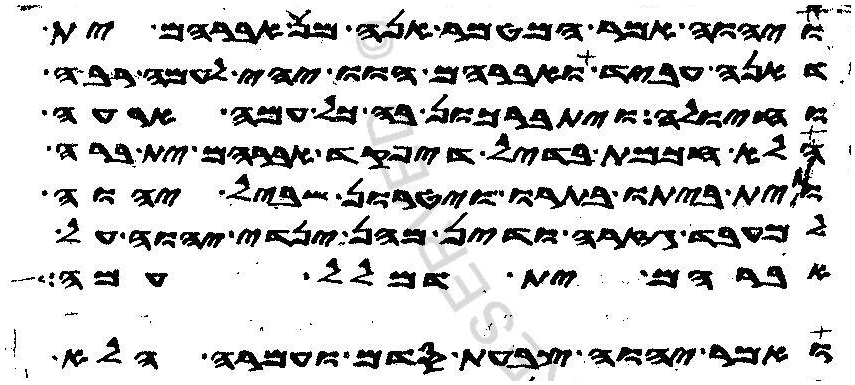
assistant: ויהוה אמר המטמר אנה מן אברהם ית
דאנה עביד ואברהם הוו יהי לעמה רבה
וחיולה ויתברכון בה כל עמה ארעה
הלא חכמת בדיל דיפקד אברהם ית ברה
וית ביתו בתרו ויטרון שביל יהוה
למעבד גזרה ודין מהן ינדי יהוה על
אברהם ית דמלל עמה
ואמר יהוה צבעת סדם ועמרה הלא